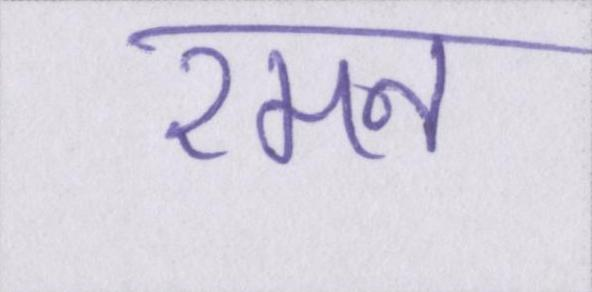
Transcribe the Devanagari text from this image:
रमन